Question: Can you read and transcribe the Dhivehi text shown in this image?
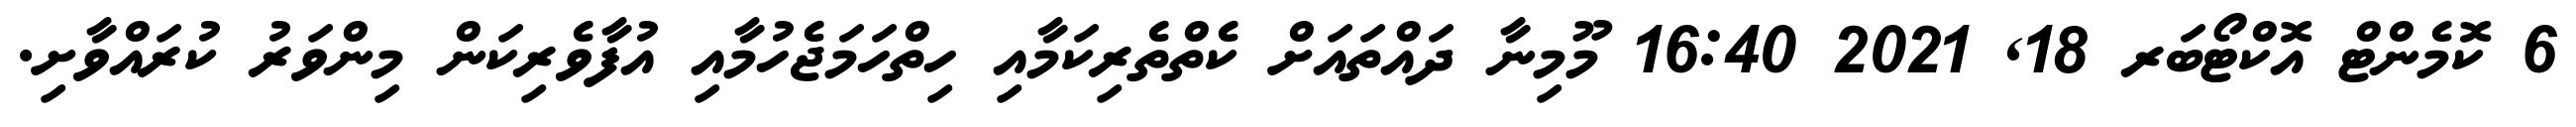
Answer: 6 ކޮމެންޓް އޮކްޓޯބަރ 18, 2021 16:40 މޫމިނާ ދައްތައަށް ކެތްތެރިކަމާއި ހިތްހަމަޖެހުމާއި އުފާވެރިކަން މިންވަރު ކުރައްވާށި.